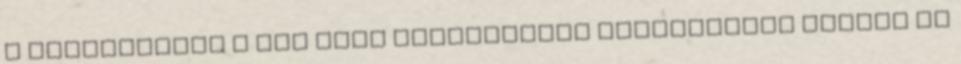
a különbségek a nem roma lakossághoz viszonyítva nyelvi és